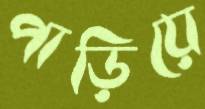
পাড়িয়ে